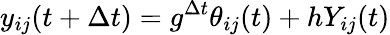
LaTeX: y_{ij}(t+\Delta t)=g^{\Delta t}\theta_{ij}(t)+hY_{ij}(t)